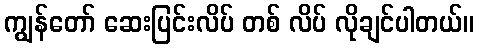
ကျွန်တော် ဆေးပြင်းလိပ် တစ် လိပ် လိုချင်ပါတယ်။